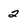
Character: 2